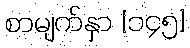
စာမျက်နှာ [၁၄၅]